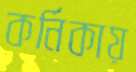
কর্নিকায়